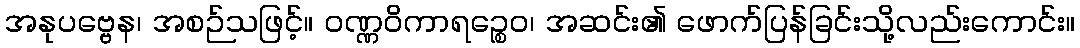
အနုပဗ္ဗေန၊ အစဉ်သဖြင့်။ ဝဏ္ဏဝိကာရဉ္စေဝ၊ အဆင်း၏ ဖောက်ပြန်ခြင်းသို့လည်းကောင်း။